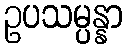
ဥပသမ္ပန္နာ